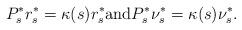
LaTeX: \begin{align*}P_s^* r_{s}^* = \kappa(s) r_{s}^* \mbox{and} P_s^* \nu_{s}^* = \kappa(s) \nu_{s}^*. \end{align*}